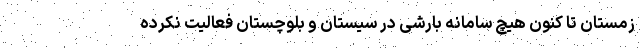
زمستان تا کنون هیچ سامانه بارشی در سیستان و بلوچستان فعالیت نکرده